Mental hospitals Bombay report 1929-33 - 1929-1933
Year: 1929
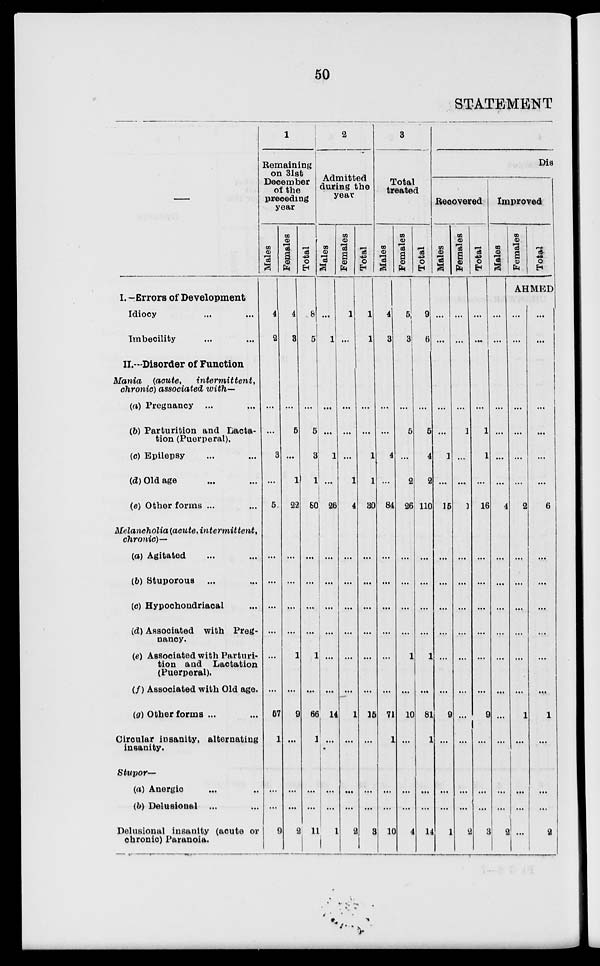
50
STATEMENT
I. -Errors of Development
Idiocy ... ...
Imbecility ... ...
II.—Disorder of Function
Mania
(acute,
intermittent,
chronic) associated with—
(a) Pregnancy ... ...
(b) Parturition and Lacta-
tion (Puerperal).
(c) Epilepsy ... ...
(d) Old age ... ...
(e) Other forms ... ...
Melancholia (acute, intermittent,
chronic)–
(a) Agitated ... ...
(b) Stuporous ... ...
(c) Hypochondriacal ...
(d) Associated with Preg-
nancy.
(e) Associated with Parturi-
tion and Lactation
(Puerperal).
(f) Associated with Old age.
(g) Other forms ... ...
Circular insanity, alternating
insanity.
Stupor—
(a) Anergic ... ...
(b) Delusional ... ...
Delusional insanity (acute or
chronic) Paranoia.
1
Remaining
on 31st
December
of the
preceding
year
Males
4
2
...
...
3
...
58
...
...
...
...
...
...
57
1
...
...
9
Females
4
3
...
5
...
1
22
...
...
...
...
1
...
9
...
...
...
2
Total
8
5
...
5
3
1
80
...
...
...
...
1
...
66
1
...
...
11
2
Admitted
during the
year
Males
...
1
...
...
1
...
26
...
...
...
...
...
...
14
...
...
...
1
Females
1
...
...
...
...
1
4
...
...
...
...
...
...
1
...
...
...
2
Total
1
1
...
...
1
1
30
...
...
...
...
...
...
15
...
...
...
3
3
Total
treated
Males
4
3
...
...
4
...
84
...
...
...
...
...
...
71
1
...
...
10
Females
5
3
...
5
...
2
26
...
...
...
...
1
...
10
...
...
...
4
Total
9
6
...
5
4
2
110
...
...
...
...
1
...
81
1
...
...
14
Dis
Recovered
Males
...
...
...
...
1
...
15
...
...
...
...
...
...
9
...
...
...
1
Females
...
...
...
1
...
...
1
...
...
...
...
...
...
...
...
...
...
2
Total
...
...
...
1
1
...
16
...
...
...
...
...
...
9
...
...
...
3
Improved
Males
...
...
...
...
...
...
4
...
...
...
...
...
...
...
...
...
...
2
Females
Total
AHMED
...
...
...
...
...
...
2
...
...
...
...
...
...
1
...
...
...
...
...
...
...
...
...
...
6
...
...
...
...
...
...
1
...
...
...
2